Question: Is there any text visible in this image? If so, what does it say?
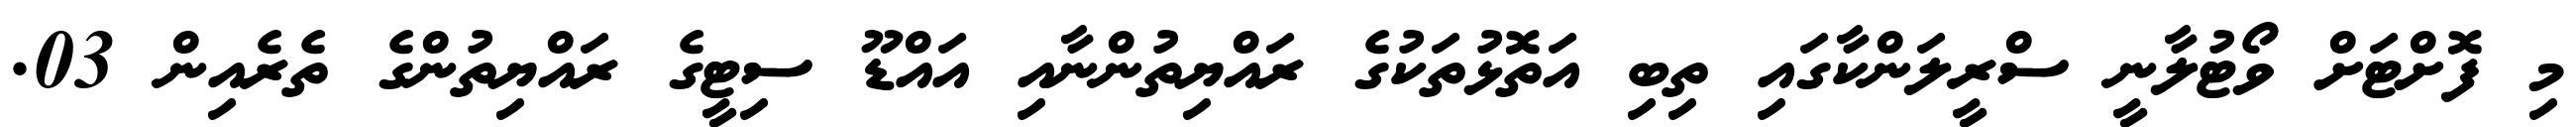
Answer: މި ފޮށްޓަށް ވޯޓުލާނީ ސްރީލަންކާގައި ތިބި އަތޮޅުތަކުގެ ރައްޔިތުންނާއި އައްޑޫ ސިޓީގެ ރައްޔިތުންގެ ތެރެއިން 03.